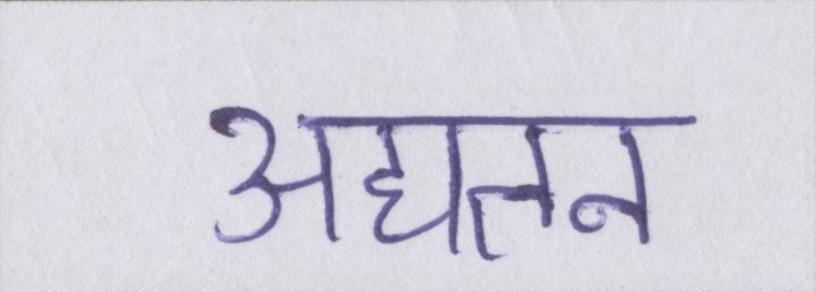
अद्यतन